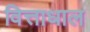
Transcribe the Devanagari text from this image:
वित्ताधाल